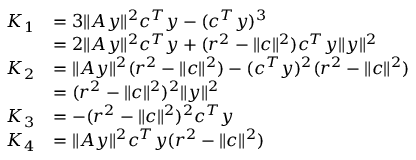
\begin{array} { r l } { K _ { 1 } } & { = 3 \| A y \| ^ { 2 } c ^ { T } y - ( c ^ { T } y ) ^ { 3 } } \\ & { = 2 \| A y \| ^ { 2 } c ^ { T } y + ( r ^ { 2 } - \| c \| ^ { 2 } ) c ^ { T } y \| y \| ^ { 2 } } \\ { K _ { 2 } } & { = \| A y \| ^ { 2 } ( r ^ { 2 } - \| c \| ^ { 2 } ) - ( c ^ { T } y ) ^ { 2 } ( r ^ { 2 } - \| c \| ^ { 2 } ) } \\ & { = ( r ^ { 2 } - \| c \| ^ { 2 } ) ^ { 2 } \| y \| ^ { 2 } } \\ { K _ { 3 } } & { = - ( r ^ { 2 } - \| c \| ^ { 2 } ) ^ { 2 } c ^ { T } y } \\ { K _ { 4 } } & { = \| A y \| ^ { 2 } c ^ { T } y ( r ^ { 2 } - \| c \| ^ { 2 } ) } \end{array}